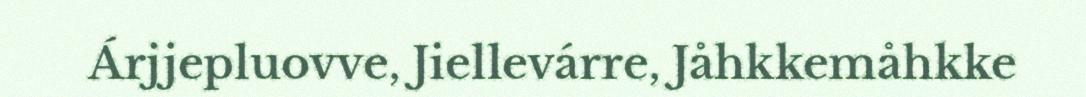
Árjjepluovve, Jiellevárre, Jåhkkemåhkke